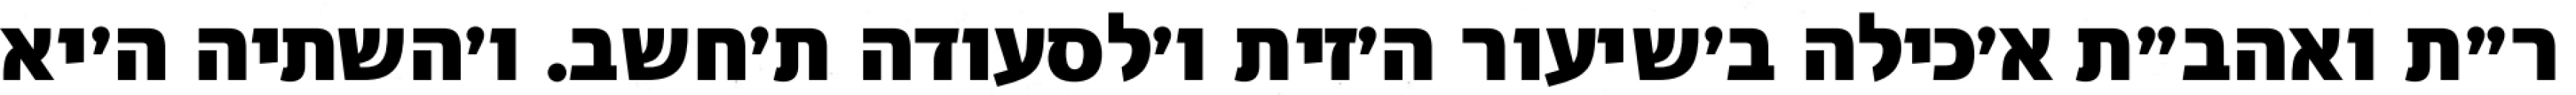
ר״ת ואהב״ת א׳כילה ב׳שיעור ה׳זית ו׳לסעודה ת׳חשב. ו׳השתיה ה׳יא